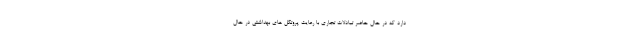
دارد که در حال حاضر تبادلات تجاری با رعایت پروتکل های بهداشتی در حال